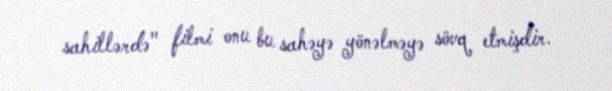
sahillərdə" filmi onu bu sahəyə yönəlməyə sövq etmişdir.